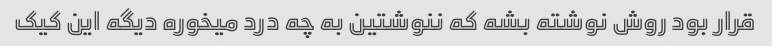
قرار بود روش نوشته بشه که ننوشتین به چه درد میخوره دیگه این کیک